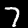
Label: 7